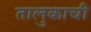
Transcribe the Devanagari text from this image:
तालुकाची